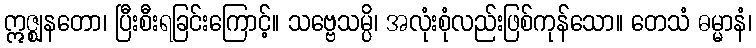
ဣဇ္ဈနတော၊ ပြီးစီးရခြင်းကြောင့်။ သဗ္ဗေသမ္ပိ၊ အလုံးစုံလည်းဖြစ်ကုန်သော။ တေသံ ဓမ္မာနံ၊